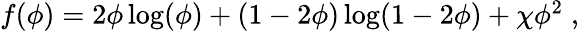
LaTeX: \begin{array}{r}{f(\phi)=2\phi\log(\phi)+(1-2\phi)\log(1-2\phi)+\chi\phi^{2}\; ,}\end{array}